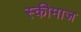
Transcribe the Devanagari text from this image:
स्कीमाज